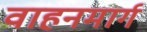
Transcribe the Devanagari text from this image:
वाहनमार्ग